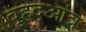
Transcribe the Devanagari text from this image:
बृहद्आंत्र